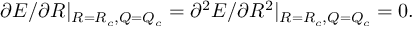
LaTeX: \partial E / \partial R | _ { R = R _ { c } , Q = Q _ { c } } = \partial ^ { 2 } E / \partial R ^ { 2 } | _ { R = R _ { c } , Q = Q _ { c } } = 0 .